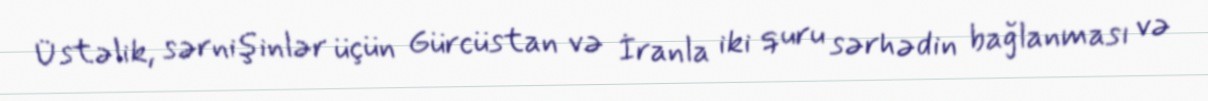
Üstəlik, sərnişinlər üçün Gürcüstan və İranla iki quru sərhədin bağlanması və